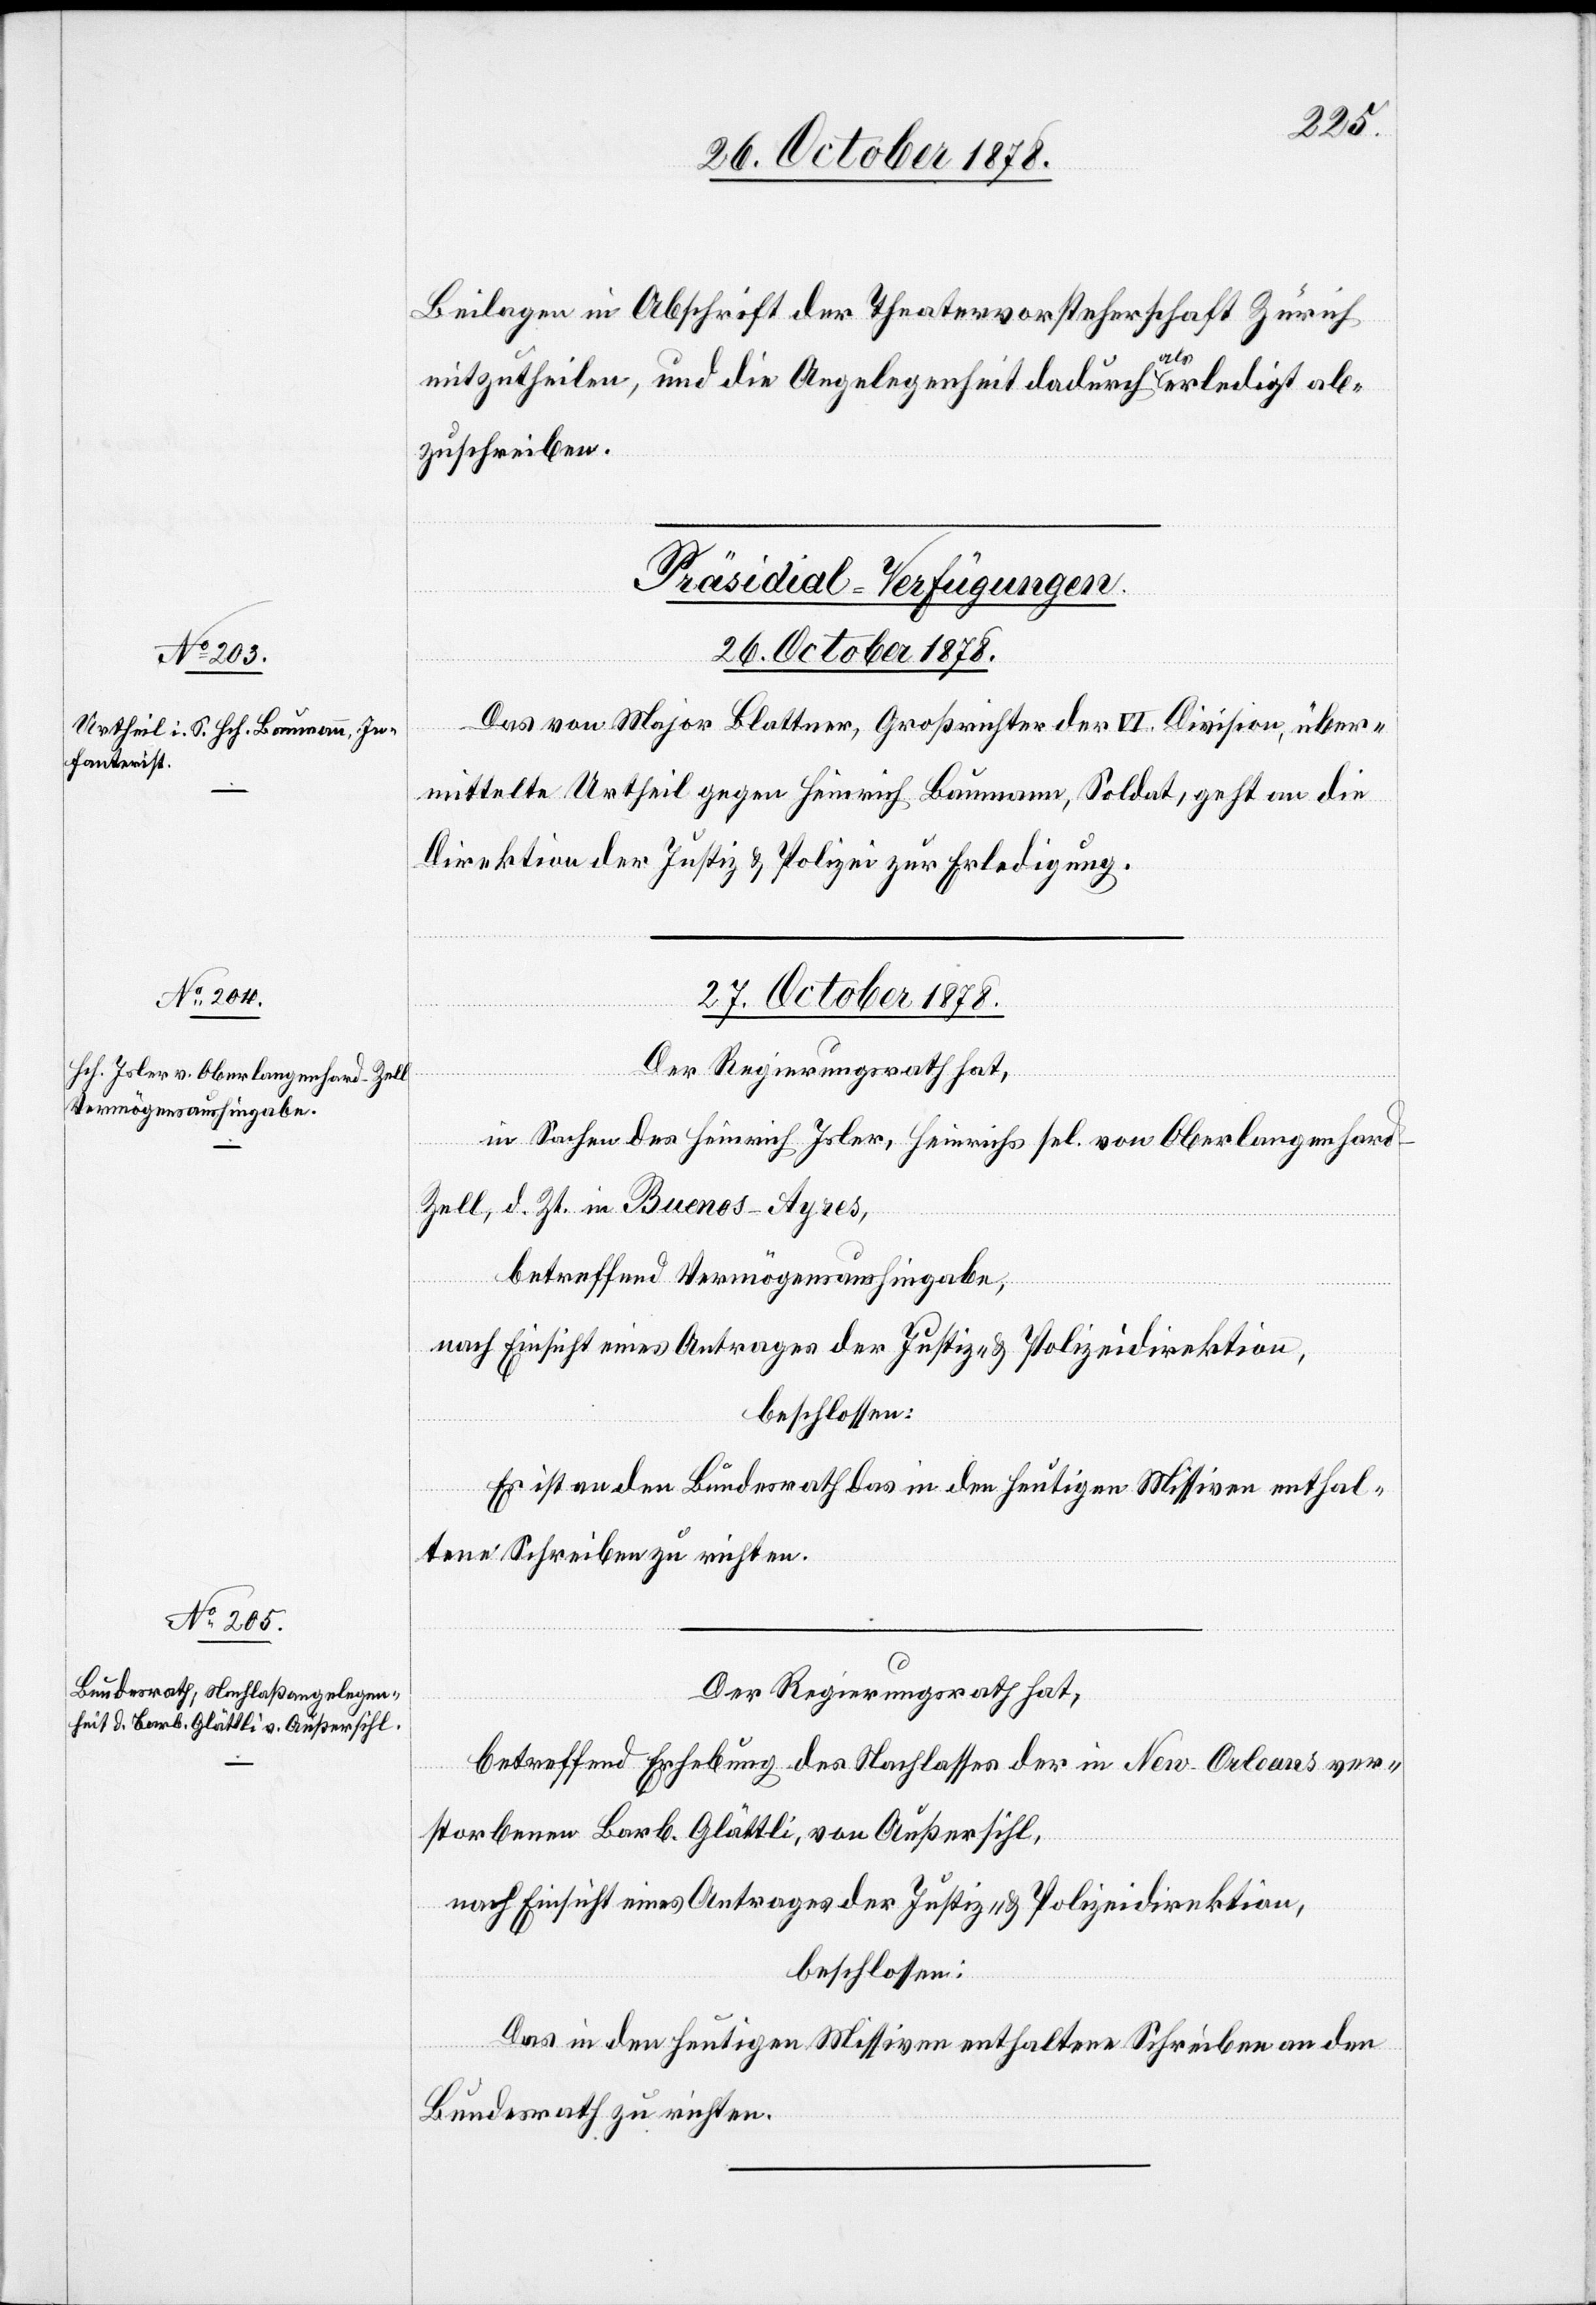
Beilagen in Abschrift der Theatervorsteherschaft Zürich
mitzutheilen, und die Angelegenheit dadurch als erledigt ab¬
zuschreiben.
[Präsidial-Verfügungen.
26. October 1878.
Das von Major Blattner, Großrichter der VI. Division, über¬
mittelte Urtheil gegen Heinrich Baumann, Soldat, geht an die
Direktion der Justiz & Polizei zur Erledigung.
27. October 1878.]
Der Regierungsrath hat,
in Sachen des Heinrich Isler, Heinrichs sel. von Oberlangenhard
Zell, d. Zt. in Buenos-Ayres,
betreffend Vermögensaushingabe,
nach Einsicht eines Antrages der Justiz- & Polizeidirektion,
beschlossen:
Es ist an den Bundesrath das in den heutigen Missiven enthal¬
tene Schreiben zu richten.
betreffend Erhebung des Nachlasses der in New-Orleans ver¬
storbenen Barb. Glättli, von Außersihl,
nach Einsicht eines Antrages der Justiz- & Polizeidirektion,
beschlossen:
Das in den heutigen Missiven enthaltene Schreiben an den
Bundesrath zu richten.